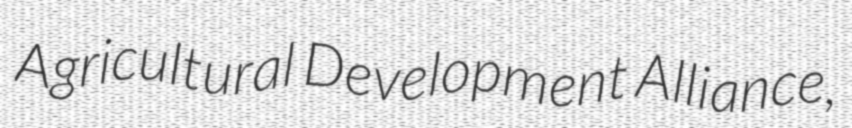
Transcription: Agricultural Development Alliance,